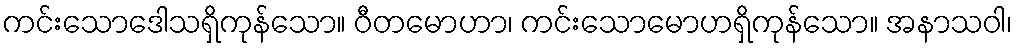
ကင်းသောဒေါသရှိကုန်သော။ ဝီတမောဟာ၊ ကင်းသောမောဟရှိကုန်သော။ အနာသဝါ၊